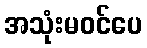
အသုံးမဝင်ပေ